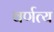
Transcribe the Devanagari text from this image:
वर्णत्य